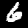
Digit: 6